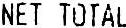
NET TOTAL